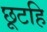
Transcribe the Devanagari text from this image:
छूटहि